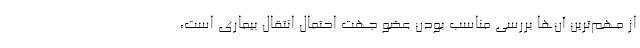
از مهم‌ترین آن‌ها بررسی مناسب بودن عضو جهت احتمال انتقال بیماری است،